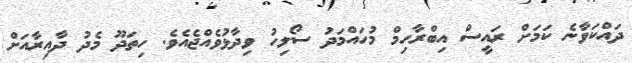
ދައްކަވާނެ ކަމަށް ރައީސް އިބްރާހިމް މުހައްމަދު ސޯލިހު ވިދާޅުވެއްޖެއެވެ. ހިތަދޫ މެދު ދާއިރާއަށް